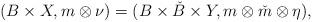
LaTeX: \begin{align*}(B \times X,m \otimes \nu) = (B \times \check{B} \times Y,m \otimes \check{m} \otimes \eta),\end{align*}